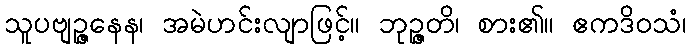
သူပဗျဉ္ဇနေန၊ အမဲဟင်းလျာဖြင့်။ ဘုဉ္ဇတိ၊ စား၏။ ဧကဒိဝသံ၊